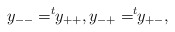
\begin{align*}y_{--}=^t\!\!y_{++}, y_{-+}=^t\!\!y_{+-},\end{align*}